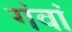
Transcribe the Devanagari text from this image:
गंवां